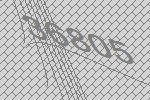
36805